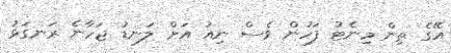
އޭގެ ތިން މިނެޓު ފަހުން ވެސް ނިއު އަށް ލަނޑު ޖަހާނެ ރަނގަޅު